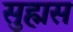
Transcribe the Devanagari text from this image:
सुह्मस